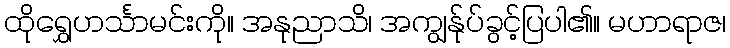
ထိုရွှေဟင်္သာမင်းကို။ အနုညာသိ၊ အကျွန်ုပ်ခွင့်ပြပါ၏။ မဟာရာဇ၊